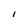
Character: I